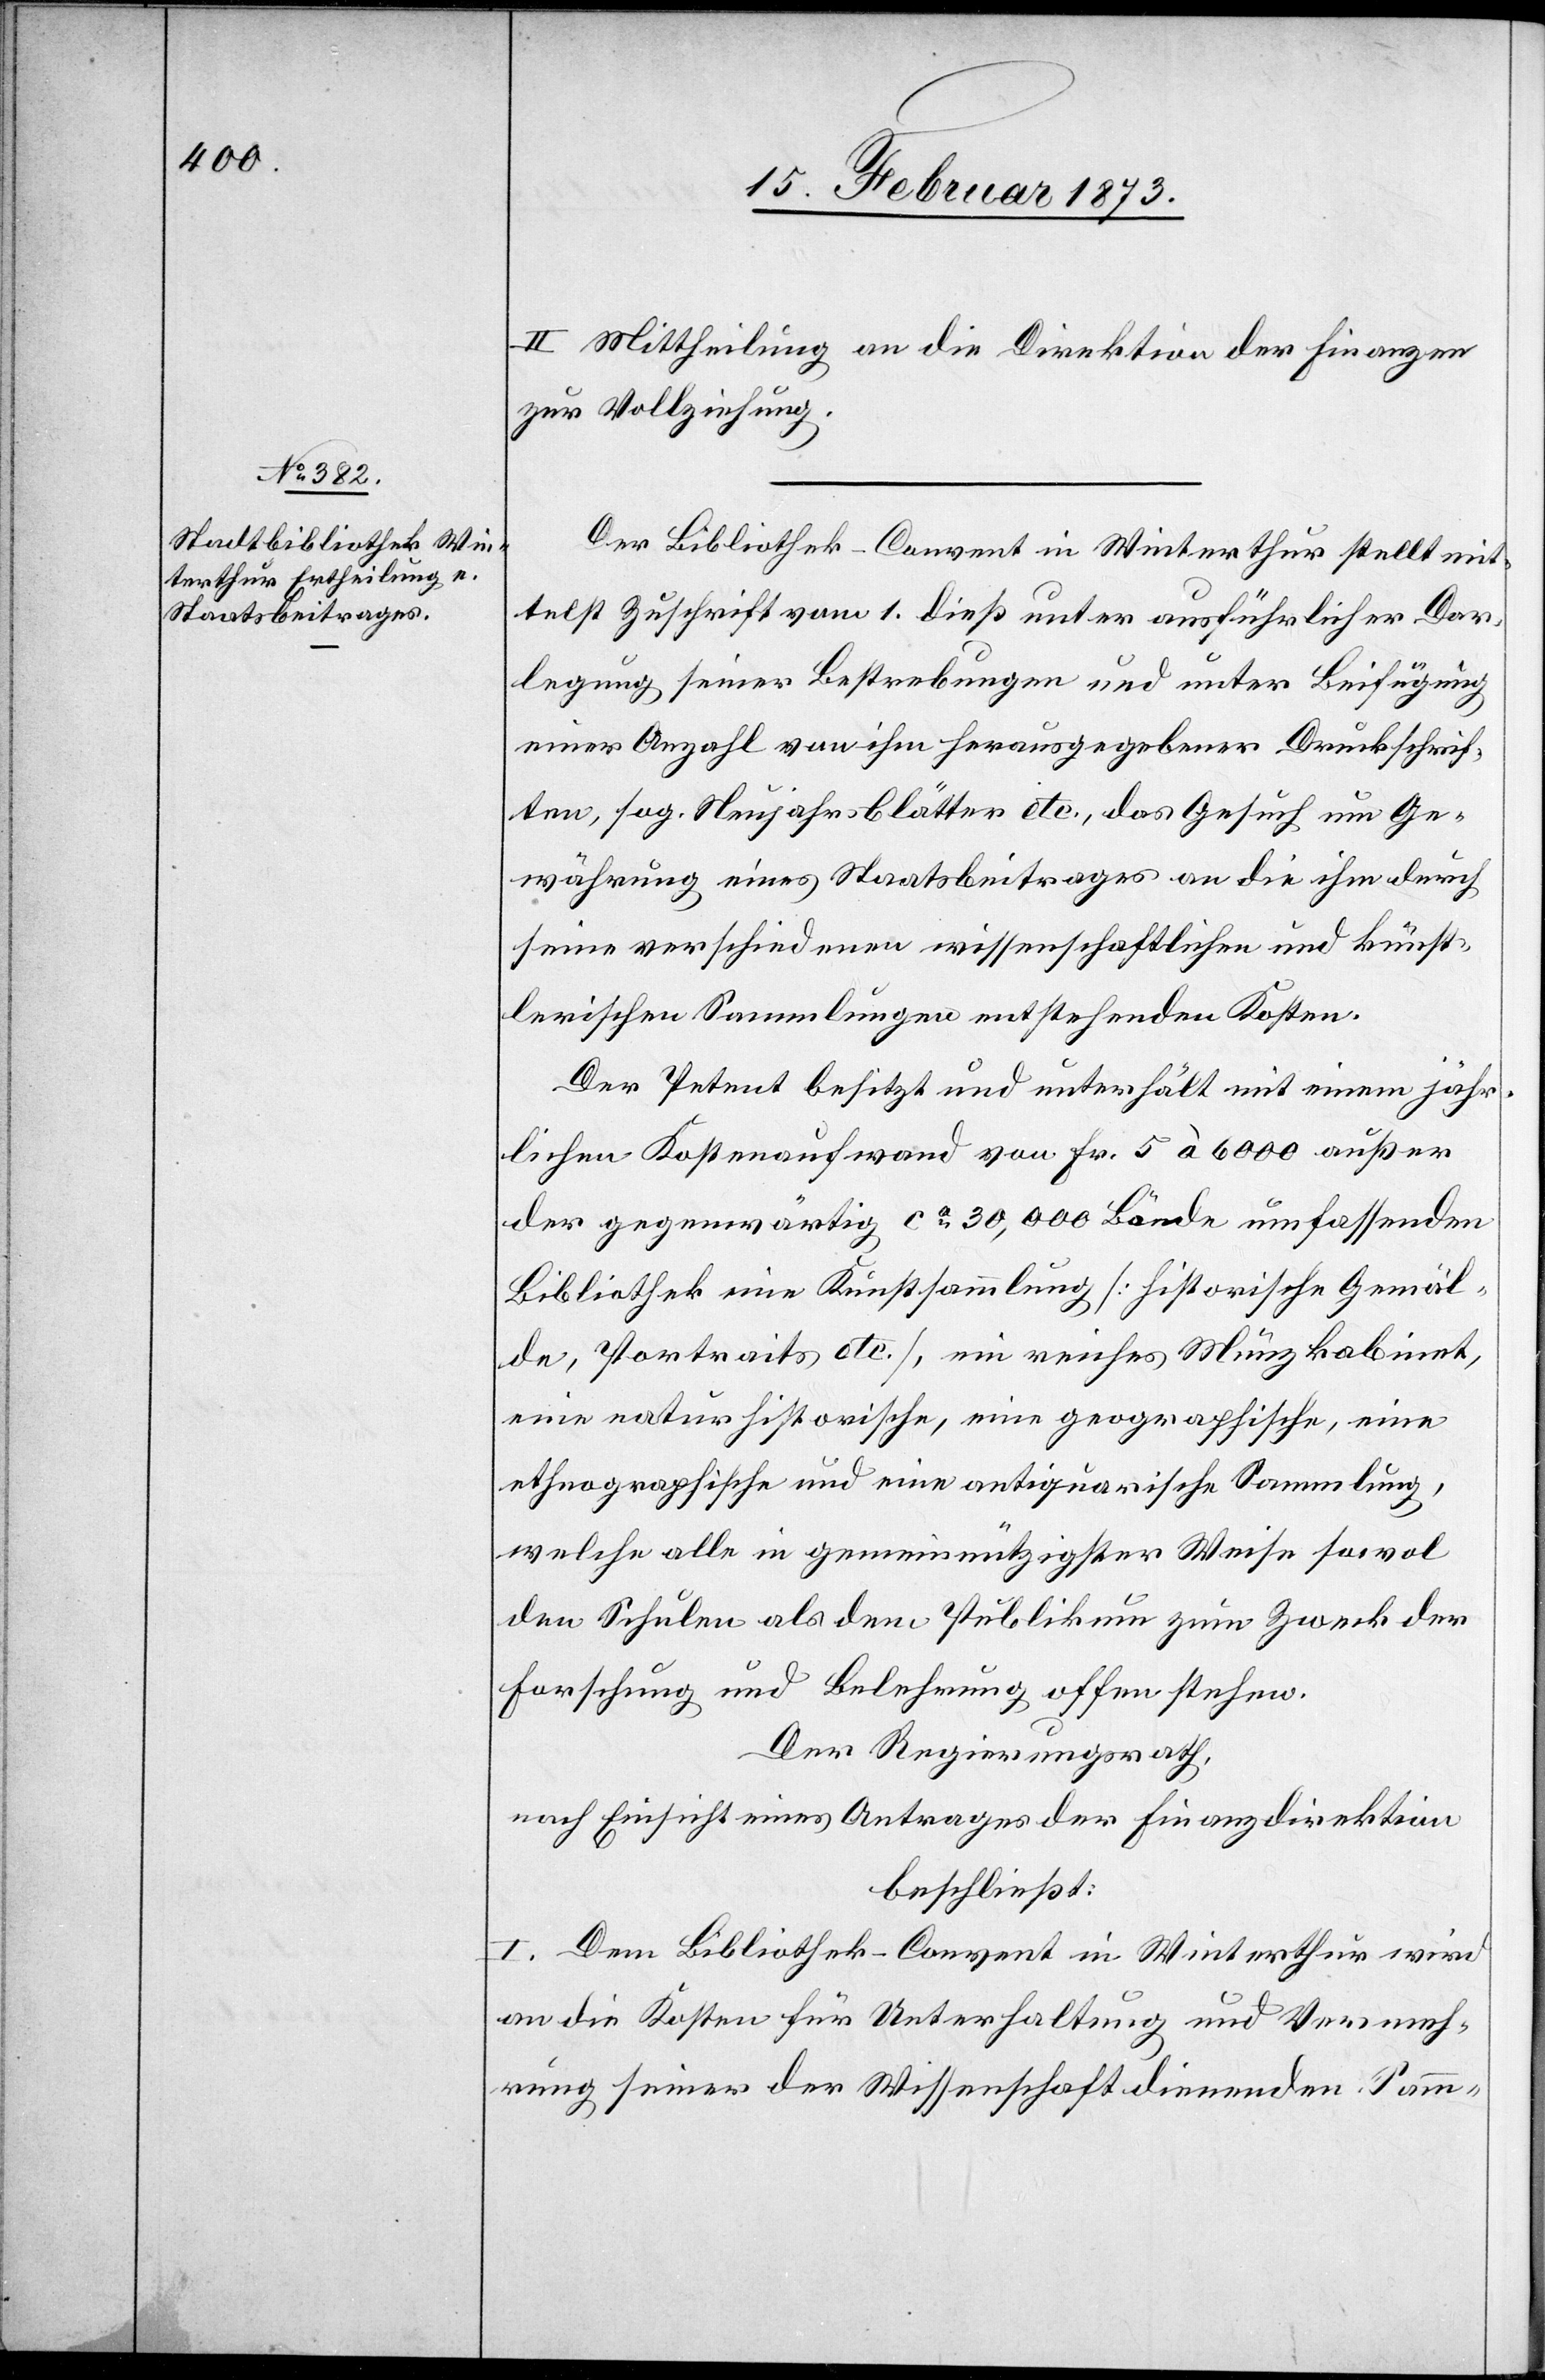
II. Mittheilung an die Direktion der Finanzen
zur Vollziehung.
Der Bibliothek-Convent in Winterthur stellt mit¬
telst Zuschrift vom 1. dieß unter ausführlicher Dar¬
legung seiner Bestrebungen und unter Beifügung
einer Anzahl von ihm herausgegebener Druckschrif¬
ten, sog. Neujahr-Blätter etc., das Gesuch um Ge¬
währung eines Staatsbeitrages an die ihm durch
seine verschiedenen wissenschaftlichen und künst¬
lerischen Sammlungen entstehenden Kosten.
Der Petent besitzt und unterhält mit einem jähr¬
lichen Kostenaufwand von Fr. 5 à 6000 außer
der gegenwärtig ca 30,000 Bände umfassenden
Bibliothek eine Kunstsammlung [historische Gemäl¬
de, Portraits etc.], ein reiches Münzkabinet,
eine naturhistorische, eine geographische, eine
ethnographische und eine antiquarische Sammlung,
welche alle in gemeinnützigster Weise sowol
den Schulen als dem Publikum zum Zweck der
Forschung und Belehrung offen stehen.
Der Regierungsrath,
nach Einsicht eines Antrages der Finanzdirektion
beschließt:
I. Dem Bibliothek-Convent in Winterthur wird
an die Kosten für Unterhaltung und Vermeh¬
rung seiner der Wissenschaft dienenden Samm-